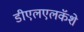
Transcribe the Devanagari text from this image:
डीएलएलकॅशे